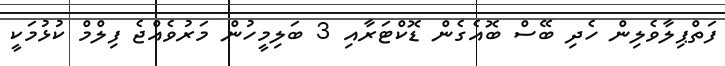
ފަތްޕިލާވެލިން ހެދި ބޭސް ބޮއެގެން ޑޮކްޓަރާއި 3 ބަލިމީހުން މަރުވެއްޖެ ފިލްމް ކުޅުމަކީ